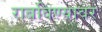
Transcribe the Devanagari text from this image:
राबविण्यावर